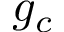
g _ { c }